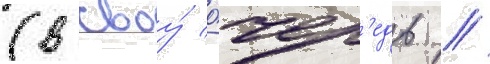
(в своу́ о́чер'едь /